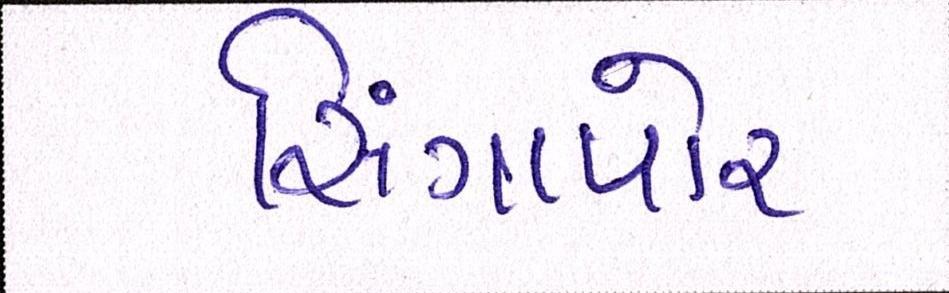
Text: સિંગાપોર